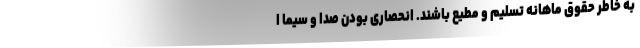
به خاطر حقوق ماهانه تسلیم و مطیع باشند. انحصاری بودن صدا و سیما ا